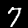
Digit: 7